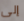
إلى